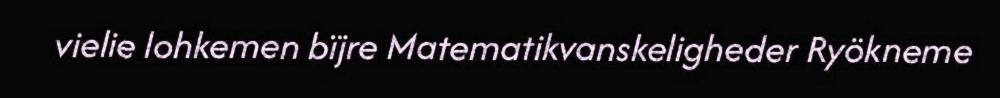
vielie lohkemen bïjre Matematikvanskeligheder Ryökneme